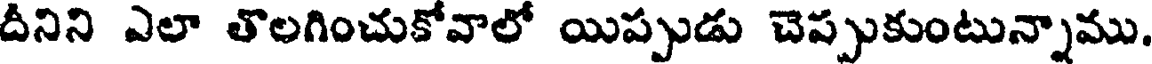
దీనిని ఎలా తొలగించుకోవాలో యిప్పుడు చెప్పుకుంటున్నాము.